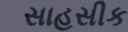
સાહસીક